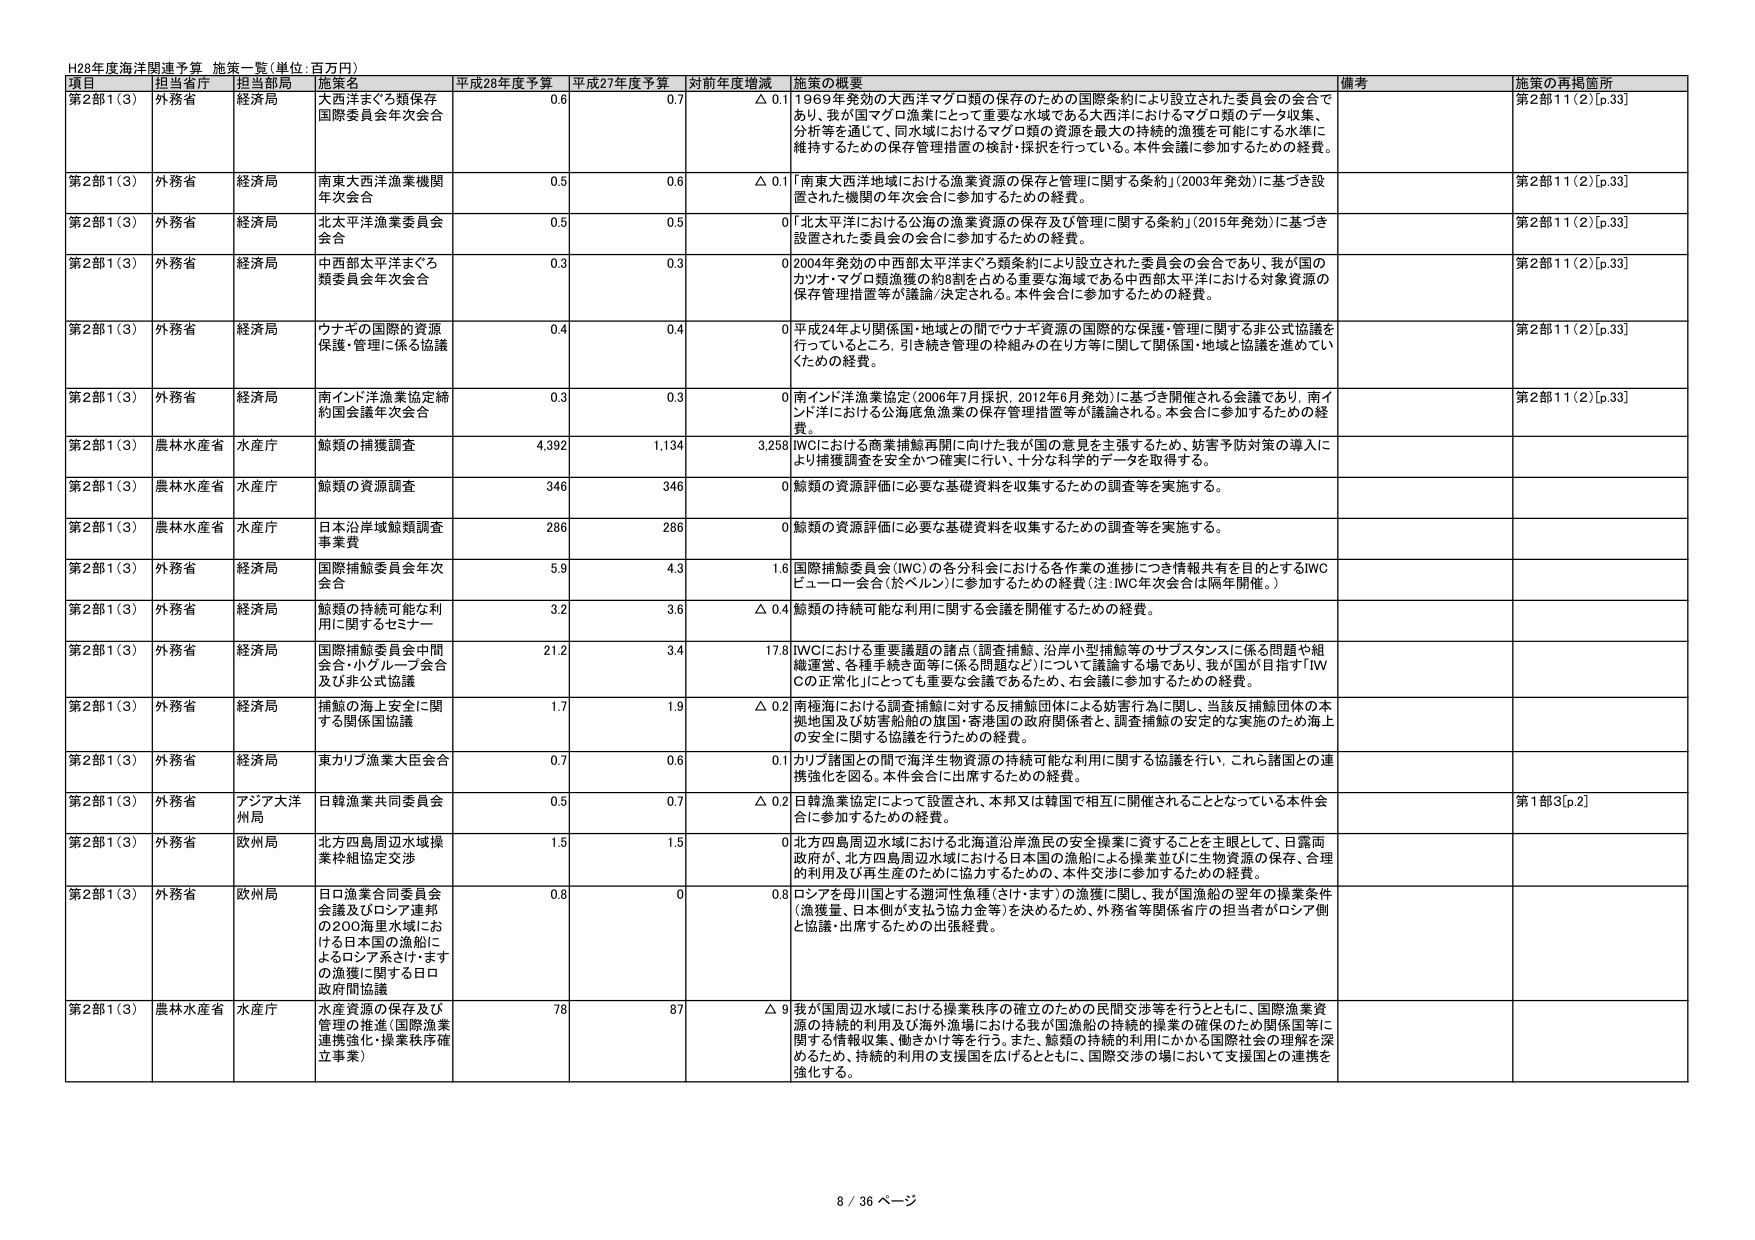
H28年度海洋関連予算 施策一覧（単位：百万円）

項目 担当省庁 担当部局 施策名 平成28年度予算 平成27年度予算 対前年度増減 施策の概要 備考 施策の再掲箇所

第2部1（3） 外務省 経済局 大西洋まぐろ類保存国際委員会年次会合 0.6 0.7 △ 0.1 1969年発効の大西洋マグロ類の保存のための国際条約により設立された委員会の会合であり、我が国マグロ漁業にとって重要な水域である大西洋におけるマグロ類のデータ収集、分析等を通じて、同水域におけるマグロ類の資源を最大の持続的漁獲を可能にする水準に維持するための保存管理措置の検討・採択を行っている。本件会議に参加するための経費。 第2部11（2）[p.33]

第2部1（3） 外務省 経済局 南東大西洋漁業機関年次会合 0.5 0.6 △ 0.1 「南東大西洋地域における漁業資源の保存と管理に関する条約」（2003年発効）に基づき設置された機関の年次会合に参加するための経費。 第2部11（2）[p.33]

第2部1（3） 外務省 経済局 北太平洋漁業委員会会合 0.5 0.5 0 「北太平洋における公海の漁業資源の保存及び管理に関する条約」（2015年発効）に基づき設置された委員会の会合に参加するための経費。 第2部11（2）[p.33]

第2部1（3） 外務省 経済局 中西部太平洋まぐろ類委員会年次会合 0.3 0.3 0 2004年発効の中西部太平洋まぐろ類条約により設立された委員会の会合であり、我が国のカツオ・マグロ類漁獲の約8割を占める重要な海域である中西部太平洋における対象資源の保存管理措置等が議論/決定される。本件会合に参加するための経費。 第2部11（2）[p.33]

第2部1（3） 外務省 経済局 ウナギの国際的資源保護・管理に係る協議 0.4 0.4 0 平成24年より関係国・地域との間でウナギ資源の国際的な保護・管理に関する非公式協議を行っているところ、引き続き管理の枠組みの在り方等に関して関係国・地域と協議を進めていくための経費。 第2部11（2）[p.33]

第2部1（3） 外務省 経済局 南インド洋漁業協定締約国会議年次会合 0.3 0.3 0 南インド洋漁業協定（2006年7月採択、2012年6月発効）に基づき開催される会議であり、南インド洋における公海底魚漁業の保存管理措置等が議論される。本会合に参加するための経費。 第2部11（2）[p.33]

第2部1（3） 農林水産省 水産庁 鯨類の捕獲調査 4,392 1,134 3,258 IWCにおける商業捕鯨再開に向けた我が国の意見を主張するため、妨害予防対策の導入により捕獲調査を安全かつ確実に行い、十分な科学的データを取得する。

第2部1（3） 農林水産省 水産庁 鯨類の資源調査 346 346 0 鯨類の資源評価に必要な基礎資料を収集するための調査等を実施する。

第2部1（3） 農林水産省 水産庁 日本沿岸域鯨類調査事業費 286 286 0 鯨類の資源評価に必要な基礎資料を収集するための調査等を実施する。

第2部1（3） 外務省 経済局 国際捕鯨委員会年次会合 5.9 4.3 1.6 国際捕鯨委員会（IWC）の各分科会における各作業の進捗につき情報共有を目的とするIWCビューロー会合（於ベルン）に参加するための経費（注：IWC年次会合は隔年開催。）

第2部1（3） 外務省 経済局 鯨類の持続可能な利用に関するセミナー 3.2 3.6 △ 0.4 鯨類の持続可能な利用に関する会議を開催するための経費。

第2部1（3） 外務省 経済局 国際捕鯨委員会中間会合・小グループ会合及び非公式協議 21.2 3.4 17.8 IWCにおける重要議題の諸点（調査捕鯨、沿岸小型捕鯨等のサブスタンスに係る問題や組織運営、各種手続き面等に係る問題など）について議論する場であり、我が国が目指す「IWCの正常化」にとっても重要な会議であるため、右会議に参加するための経費。

第2部1（3） 外務省 経済局 捕鯨の海上安全に関する関係国協議 1.7 1.9 △ 0.2 南極海における調査捕鯨に対する反捕鯨団体による妨害行為に関して、当該反捕鯨団体の本拠地国及び妨害船舶の旗国・寄港国の政府関係者と、調査捕鯨の安定的な実施のため海上の安全に関する協議を行うための経費。

第2部1（3） 外務省 経済局 東カリブ漁業大臣会合 0.7 0.6 0.1 カリブ諸国との間で海洋生物資源の持続可能な利用に関する協議を行い、これと諸国との連携強化を図る。本件会合に出席するための経費。

第2部1（3） 外務省 アジア大洋州局 日韓漁業共同委員会 0.5 0.7 △ 0.2 日韓漁業協定によって設置され、本邦又は韓国で相互に開催されることとなっている本件会合に参加するための経費。 第1部3[p.2]

第2部1（3） 外務省 欧州局 北方四島周辺水域操業枠組協定交渉 1.5 1.5 0 北方四島周辺水域における北海道沿岸漁民の安全操業に資することを主眼として、日露両政府が、北方四島周辺水域における日本国の漁船による操業並びに生物資源の保存、合理的利用及び再生産のために協力するための、本件交渉に参加するための経費。

第2部1（3） 外務省 欧州局 日ロ漁業合同委員会会議及びロシア連邦の200海里水域における日本国の漁船によるロシア系さけ・ますの漁獲に関する日ロ政府間協議 0.8 0 0.8 ロシアを母川国とする遡河性魚種（さけ・ます）の漁獲に関して、我が国漁船の翌年の操業条件（漁獲量、日本側が支払う協力金等）を決めるため、外務省等関係省庁の担当者がロシア側と協議・出席するための出張経費。

第2部1（3） 農林水産省 水産庁 水産資源の保存及び管理の推進（国際漁業連携強化・操業秩序確立事業） 78 87 △ 9 我が国周辺水域における操業秩序の確立のための民間交渉等を行うとともに、国際漁業資源の持続的利用及び海外漁場における我が国漁船の持続的操業の確保のため関係国等に関する情報収集、働きかけ等を行う。また、鯨類の持続的利用にかかる国際社会の理解を深めるため、持続的利用の支援国を広げるとともに、国際交渉の場において支援国との連携を強化する。

8 / 36 ページ